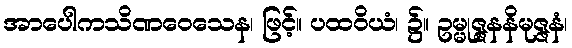
အာပေါကသိဏဝေသေန၊ ဖြင့်။ ပထဝိယံ၊ ၌။ ဥမ္မုဇ္ဇနနိမုဇ္ဇနံ၊